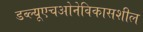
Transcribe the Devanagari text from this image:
डब्‍ल्‍यूएचओनेविकासशील